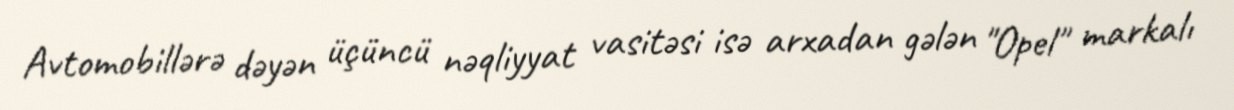
Avtomobillərə dəyən üçüncü nəqliyyat vasitəsi isə arxadan gələn "Opel" markalı